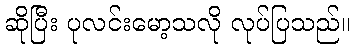
ဆိုပြီး ပုလင်းမော့သလို လုပ်ပြသည်။